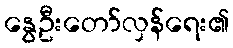
နွေဦးတော်လှန်ရေး၏